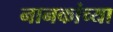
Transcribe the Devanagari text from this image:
नानकांच्या